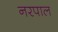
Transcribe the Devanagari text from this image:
नरपाल